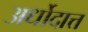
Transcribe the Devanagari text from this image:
अर्धोदात्त